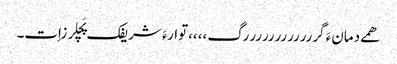
ھمے دمانءَ گررررررررررررگ،،،،توارءَ شریفک پَچلرزاِت۔